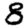
Digit: 8